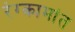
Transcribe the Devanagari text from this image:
रंग्कामांत